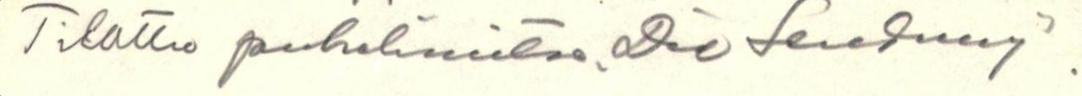
Tilattu puhelimitse. Die Sendung'.